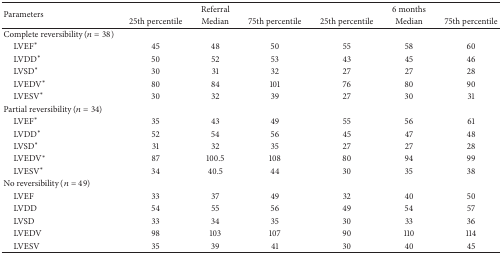
| <ROWSPAN=2> Parameters |  | Referral |  |  | 6 months |  |
 | 25th percentile | Median | 75th percentile | 25th percentile | Median | 75th percentile |
 | --- | --- | --- | --- | --- | --- | --- |
 | Complete reversibility (n = 38) |  |  |  |  |  |  |
 | LVEF* | 45 | 48 | 50 | 55 | 58 | 60 |
 | LVDD* | 50 | 52 | 53 | 43 | 45 | 46 |
 | LVSD* | 30 | 31 | 32 | 27 | 27 | 28 |
 | LVEDV* | 80 | 84 | 101 | 76 | 80 | 90 |
 | LVESV* | 30 | 32 | 39 | 27 | 30 | 31 |
 | Partial reversibility (n = 34) |  |  |  |  |  |  |
 | LVEF* | 35 | 43 | 49 | 55 | 56 | 61 |
 | LVDD* | 52 | 54 | 56 | 45 | 47 | 48 |
 | LVSD* | 31 | 32 | 35 | 27 | 27 | 28 |
 | LVEDV* | 87 | 100.5 | 108 | 80 | 94 | 99 |
 | LVESV* | 34 | 40.5 | 44 | 30 | 35 | 38 |
 | No reversibility (n = 49) |  |  |  |  |  |  |
 | LVEF | 33 | 37 | 49 | 32 | 40 | 50 |
 | LVDD | 54 | 55 | 56 | 49 | 54 | 57 |
 | LVSD | 33 | 34 | 35 | 30 | 33 | 36 |
 | LVEDV | 98 | 103 | 107 | 90 | 110 | 114 |
 | LVESV | 35 | 39 | 41 | 30 | 40 | 45 |